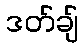
ဒတ်ချ်